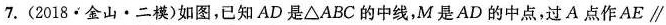
7.(2018·金山·二模)如图，已知AD是\Delta A B C的中线，M是AD的中点，过A点作AE \parallel